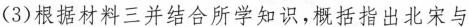
(3)根据材料三并结合所学知识，概括指出北宋与